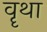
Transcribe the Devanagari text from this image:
वॄथा